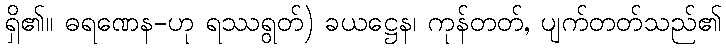
ရှိ၏။ ဓရဏေန-ဟု ရဿရွတ်) ခယဋ္ဌေန၊ ကုန်တတ်, ပျက်တတ်သည်၏